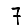
Digit: 7